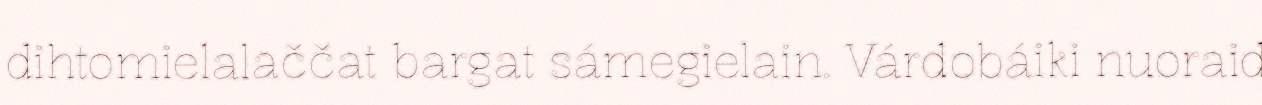
dihtomielalaččat bargat sámegielain. Várdobáiki nuoraid